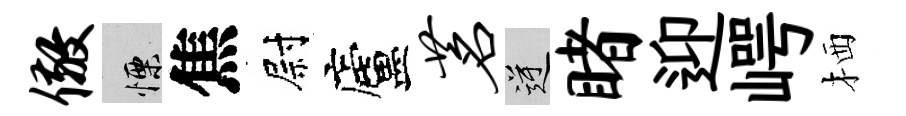
儆慄焦尉廬茗逆睹迎崿栖